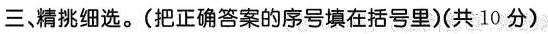
三、精挑细选。(把正确答案的序号填在括号里)(共10分)